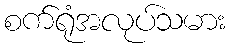
စက်ရုံအလုပ်သမား